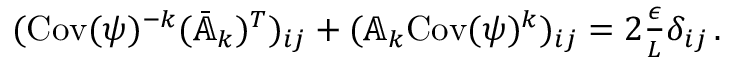
\begin{array} { r } { ( \mathrm { C o v } ( \psi ) ^ { - k } ( \bar { \mathbb { A } } _ { k } ) ^ { T } ) _ { i j } + ( \mathbb { A } _ { k } \mathrm { C o v } ( \psi ) ^ { k } ) _ { i j } = 2 \frac { \epsilon } { L } \delta _ { i j } \, . } \end{array}